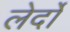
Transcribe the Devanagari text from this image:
लेर्दो